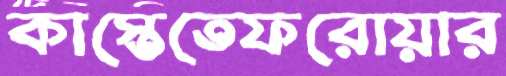
কাস্তেতেফরোয়ার